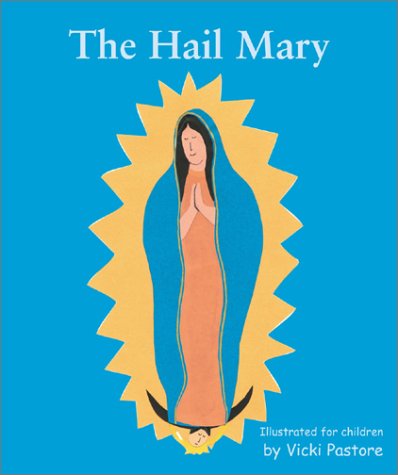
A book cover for The Hail Mary/the Lord's Prayer; Vicki Pastore; Children's Books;